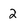
Character: 2